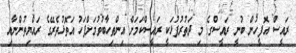
ރައީސް އޮފީހުން ބުނީ ރައީސްގެ މި ދަތުރުފުޅަކީ ރައީސްކަމަށް އިންތިހާބުވުމަށްފަހު އަތޮޅުތެރޭގެ ރައްޔިތުންނާއި